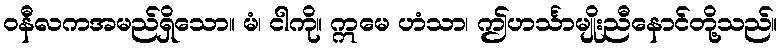
ဝနီလကအမည်ရှိသော။ မံ၊ ငါကို။ ဣမေ ဟံသာ၊ ဤဟင်္သာမျိုးညီနောင်တို့သည်။